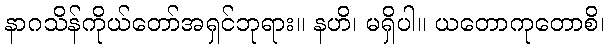
နာဂသိန်ကိုယ်တော်အရှင်ဘုရား။ နဟိ၊ မရှိပါ။ ယတောကုတောစိ၊